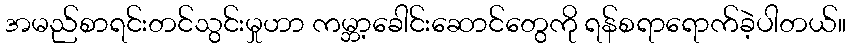
အမည်စာရင်းတင်သွင်းမှုဟာ ကမ္ဘာ့ခေါင်းဆောင်တွေကို ရန်စရာရောက်ခဲ့ပါတယ်။